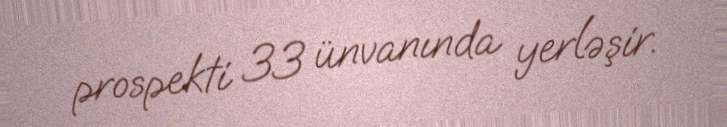
prospekti 33 ünvanında yerləşir.